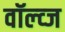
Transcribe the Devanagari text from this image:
वॉल्व्ज